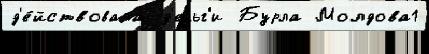
д'е́йствовала д'еньг'и Бурла Молдова1